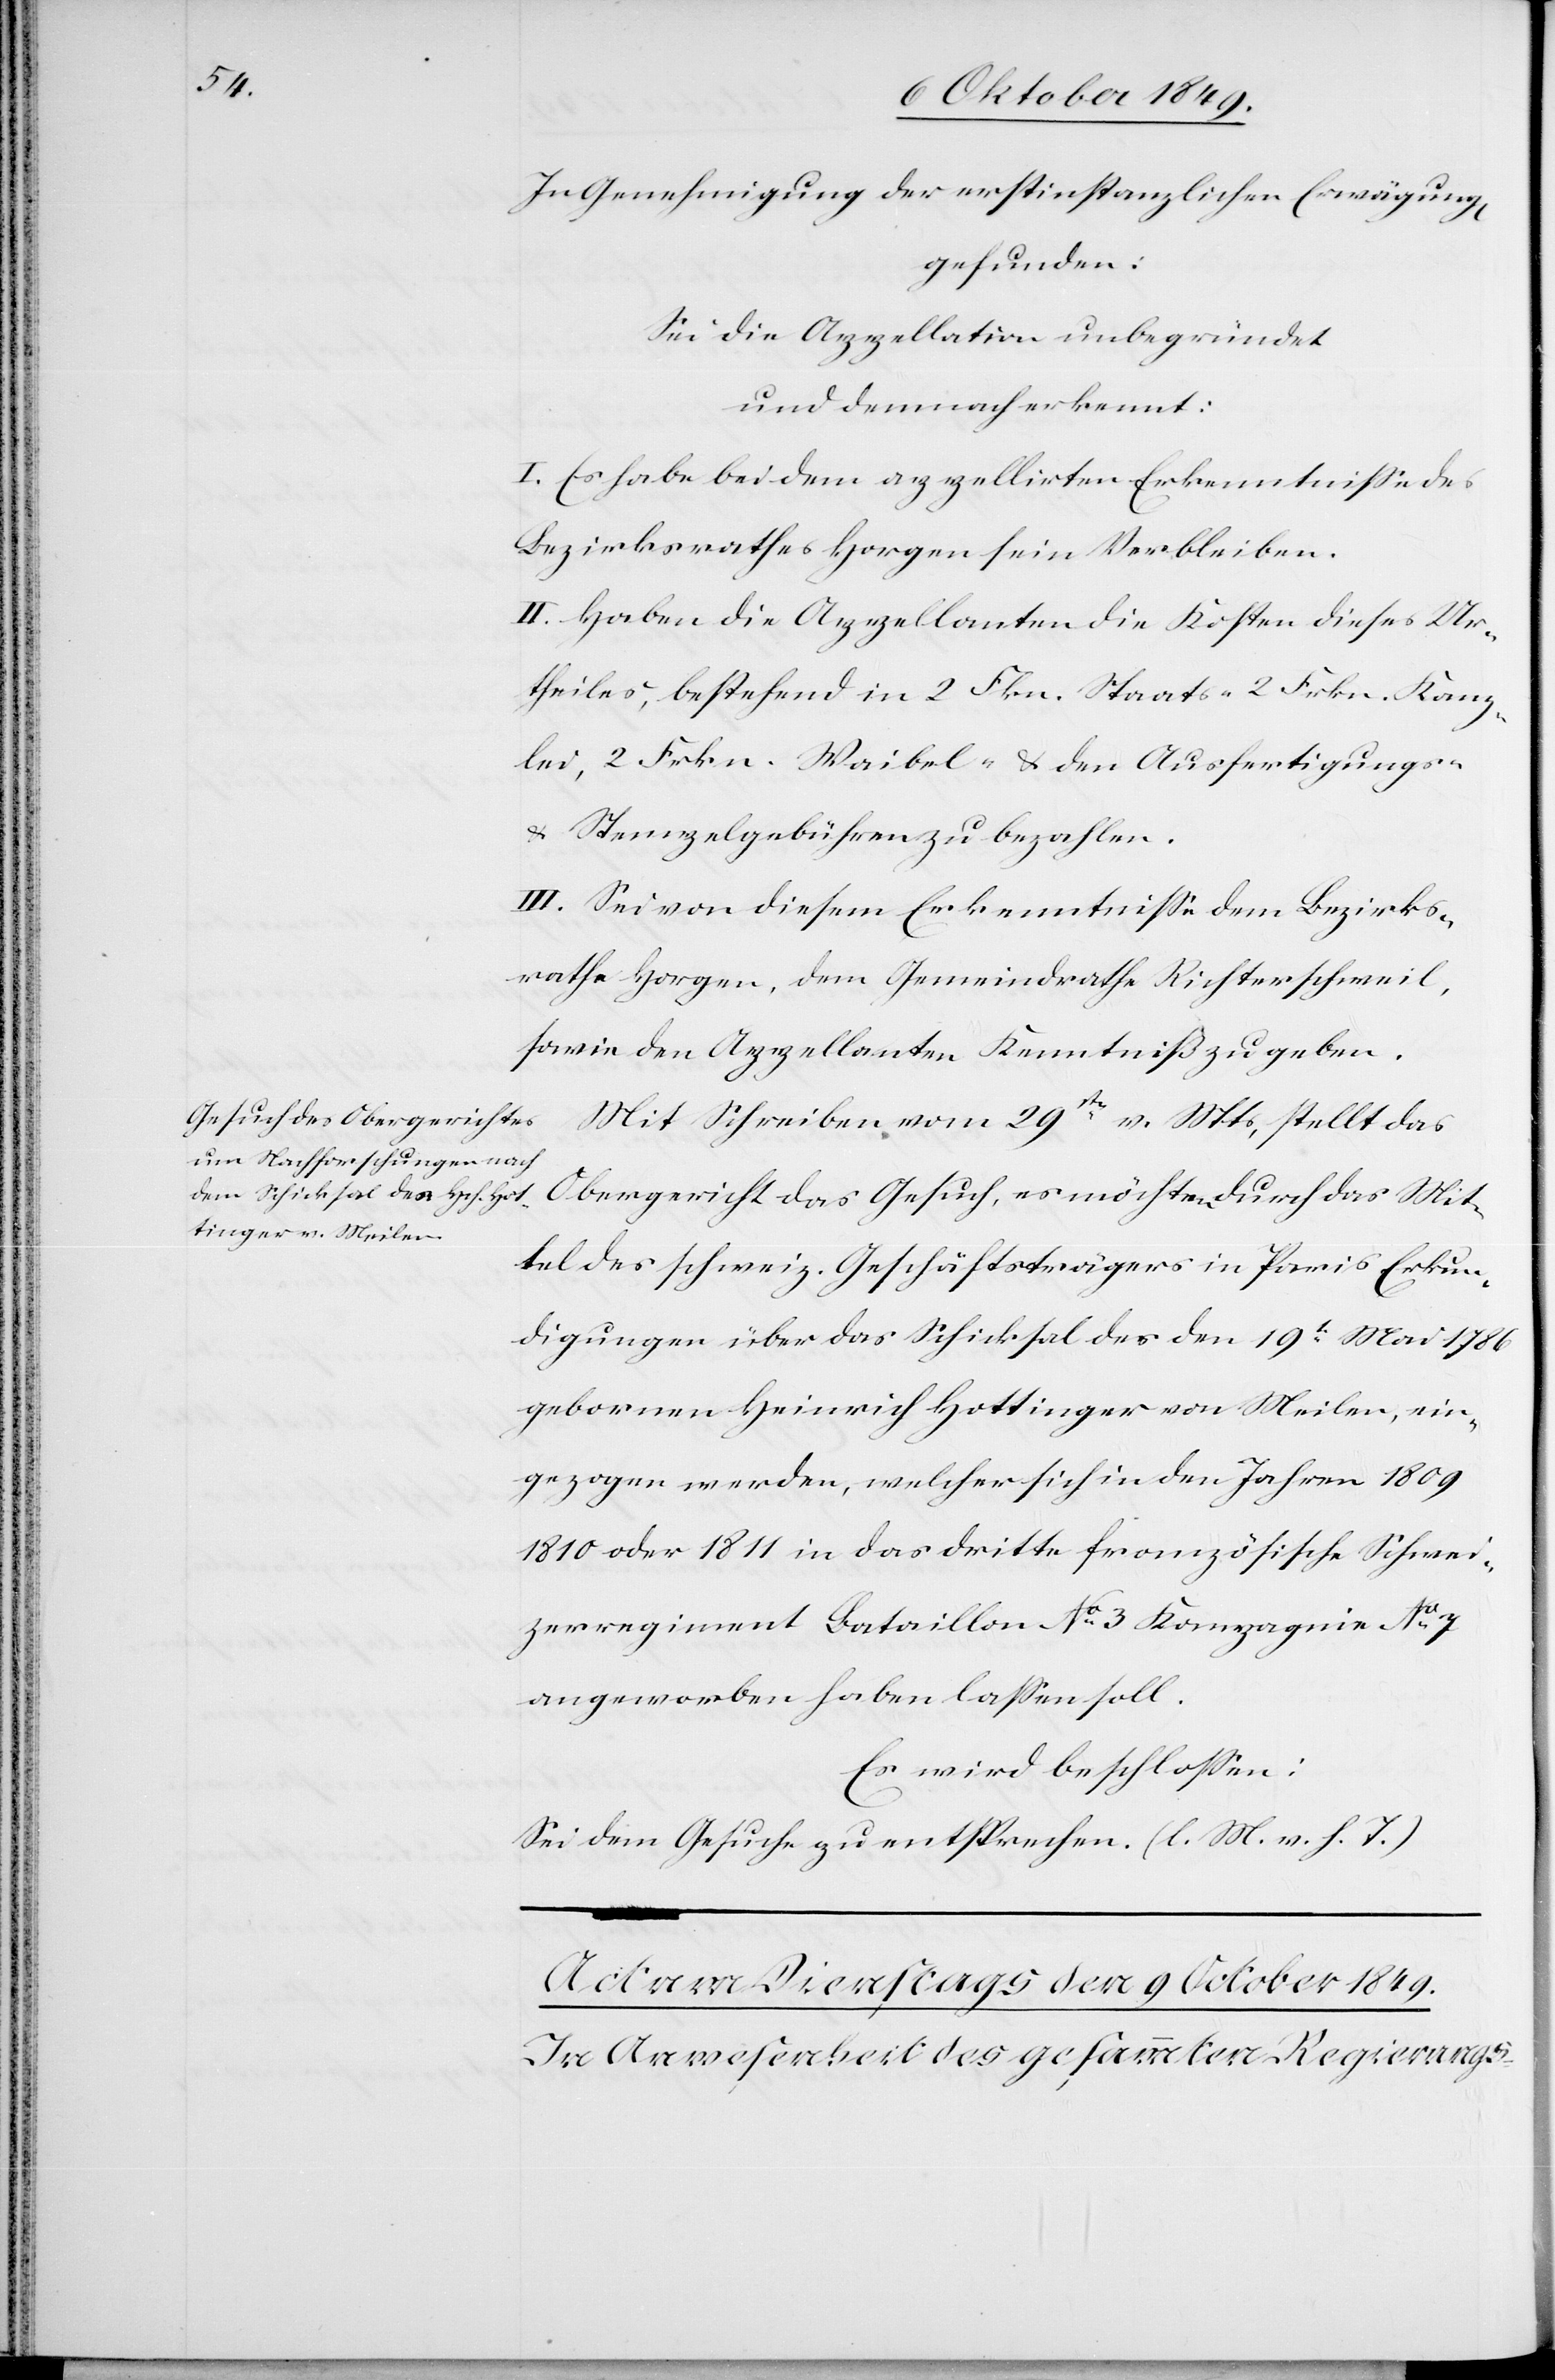
In Genehmigung der erstinstanzlichen Erwägung,
gefunden:
Sei die Appellation unbegründet
und demnach erkennt:
I. Es habe bei dem appellirten Erkenntniße des
Bezirksrathes Horgen sein Verbleiben.
II. Haben die Appellanten die Kosten dieses Ur¬
theiles, bestehend in 2 Fkn. Staats- 2 Frkn. Kanz¬
lei, 2 Frkn. Waibel- u. den Ausfertigungs-
u. Stempelgebühren zu bezahlen.
III. Sei von diesem Erkenntniße dem Bezirks¬
rathe Horgen, dem Gemeindrathe Richterschweil,
sowie den Appellanten Kenntniß zu geben.
Mit Schreiben vom 29sten v. Mts. stellt das
Mittel des schweiz. Geschäftsträgers in Paris Erkun¬
digungen über das Schicksal des den 19t Mai 1786
geborenen Heinrich Hottinger von Meilen, ein¬
gezogen werden, welcher sich in den Jahren 1809
1810 oder 1811 in das dritte französische Schwei¬
zerregiment Bataillon N° 3 Kompagnie N° 7
angeworben haben laßen soll.
Es wird beschloßen:
Sei dem Gesuche zu entsprechen. [l. M. v. h. T]